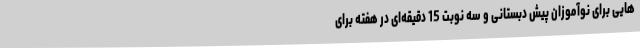
هایی برای نوآموزان پیش دبستانی و سه نوبت 15 دقیقه‌ای در هفته برای